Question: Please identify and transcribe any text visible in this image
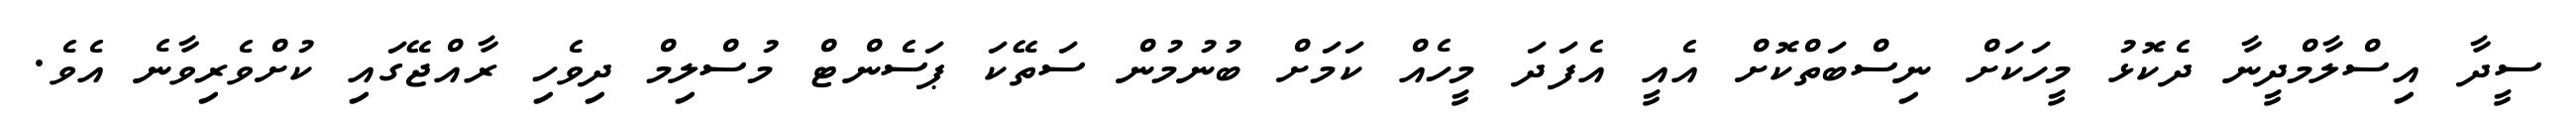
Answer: ސީދާ އިސްލާމްދީނާ ދެކޮޅު މީހަކަށް ނިސްބަތްކޮށް އެއީ އެފަދަ މީހެއް ކަމަށް ބުނުމުން ސަތޭކަ ޕަސެންޓް މުސްލިމް ދިވެހި ރާއްޖޭގައި ކުށްވެރިވާނެ އެވެ.